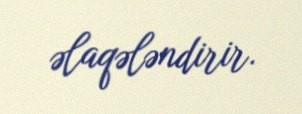
əlaqələndirir.